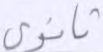
ثانوي